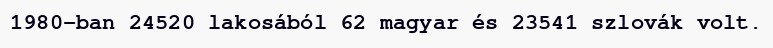
1980-ban 24520 lakosából 62 magyar és 23541 szlovák volt.